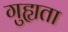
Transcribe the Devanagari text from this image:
गुह्यता